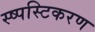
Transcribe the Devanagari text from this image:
स्ष्पस्टिकरण